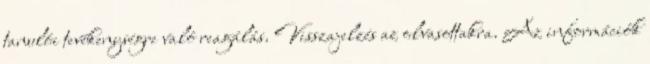
tanulói tevékenységre való reagálás. Visszajelzés az olvasottakra. Az információk